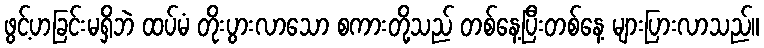
ဖွင့်ဟခြင်းမရှိဘဲ ထပ်မံ တိုးပွားလာသော စကားတို့သည် တစ်နေ့ပြီးတစ်နေ့ များပြားလာသည်။